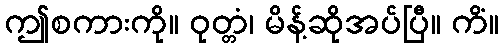
ဤစကားကို။ ဝုတ္တံ၊ မိန့်ဆိုအပ်ပြီ။ ကိံ။